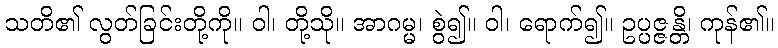
သတိ၏ လွတ်ခြင်းတို့ကို။ ဝါ၊ တို့သို။ အာဂမ္မ၊ စွဲ၍။ ဝါ၊ ရောက်၍။ ဥပ္ပဇ္ဇန္တိ၊ ကုန်၏။